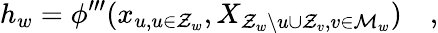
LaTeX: h_{w}=\phi^{\prime\prime\prime}(x_{u,u\in\mathcal{Z}_{w}},X_{\mathcal{Z}_{w}\backslash u\cup\mathcal{Z}_{v},v\in\mathcal{M}_{w}})\quad,